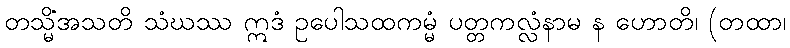
တသ္မိံအသတိ သံဃဿ ဣဒံ ဥပေါသထကမ္မံ ပတ္တကလ္လံနာမ န ဟောတိ၊ (တထာ၊